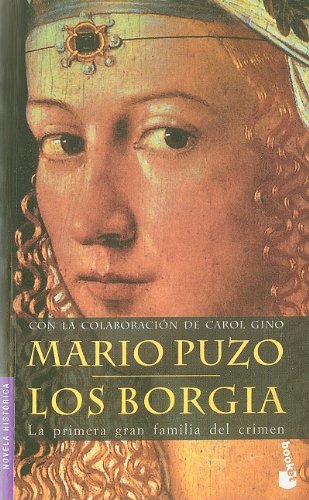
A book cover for Los Borgia (Novela Historica) (Spanish Edition); Mario Puzo; Literature & Fiction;